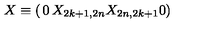
X \equiv \left( \begin{matrix} { 0 } & { X _ { 2 k + 1 , 2 n } } \\ { X _ { 2 n , 2 k + 1 } } & { 0 } \\ \end{matrix} \right) \,